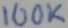
Text: 100K